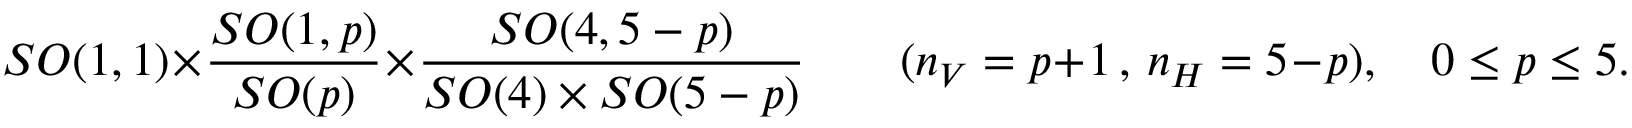
S O ( 1 , 1 ) \times \frac { S O ( 1 , p ) } { S O ( p ) } \times \frac { S O ( 4 , 5 - p ) } { S O ( 4 ) \times S O ( 5 - p ) } \qquad ( n _ { V } = p + 1 \, , \, n _ { H } = 5 - p ) , \quad 0 \leq p \leq 5 .